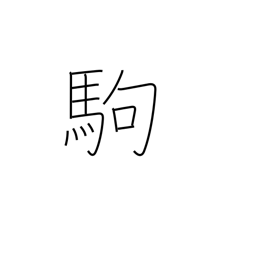
Meaning: pony